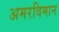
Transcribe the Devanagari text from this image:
अमरविमान